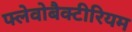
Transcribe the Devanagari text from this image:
फ्लेवोबैक्टीरियम